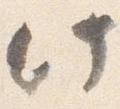
此